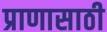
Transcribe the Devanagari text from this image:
प्राणासाठी